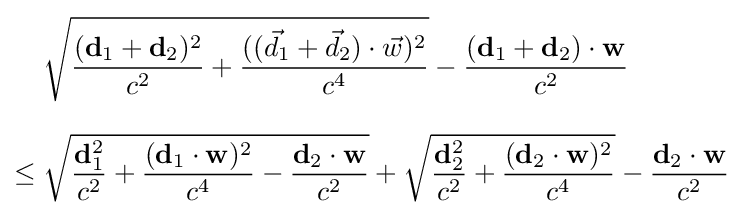
{\begin{aligned}&{\sqrt {{\frac {(\mathbf {d} _{1}+\mathbf {d} _{2})^{2}}{c^{2}}}+{\frac {(({\vec {d}}_{1}+{\vec {d}}_{2})\cdot {\vec {w}})^{2}}{c^{4}}}}}-{\frac {(\mathbf {d} _{1}+\mathbf {d} _{2})\cdot \mathbf {w} }{c^{2}}}\\[8pt]\leq {}&{\sqrt {{\frac {\mathbf {d} _{1}^{2}}{c^{2}}}+{\frac {(\mathbf {d} _{1}\cdot \mathbf {w} )^{2}}{c^{4}}}-{\frac {\mathbf {d} _{2}\cdot \mathbf {w} }{c^{2}}}}}+{\sqrt {{\frac {\mathbf {d} _{2}^{2}}{c^{2}}}+{\frac {(\mathbf {d} _{2}\cdot \mathbf {w} )^{2}}{c^{4}}}}}-{\frac {\mathbf {d} _{2}\cdot \mathbf {w} }{c^{2}}}\end{aligned}}